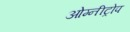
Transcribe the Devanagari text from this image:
ओम्नीट्रोप